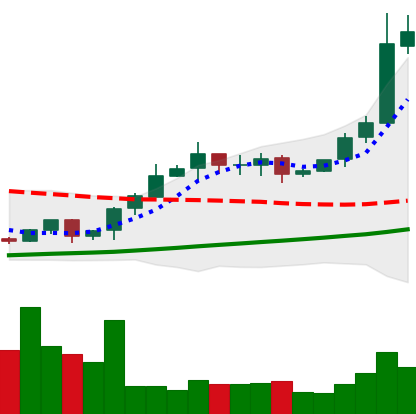
Ticker: BTC-USD
Chart end date: 2020-10-22
Forward return: 5.309%
Label: up_5_7